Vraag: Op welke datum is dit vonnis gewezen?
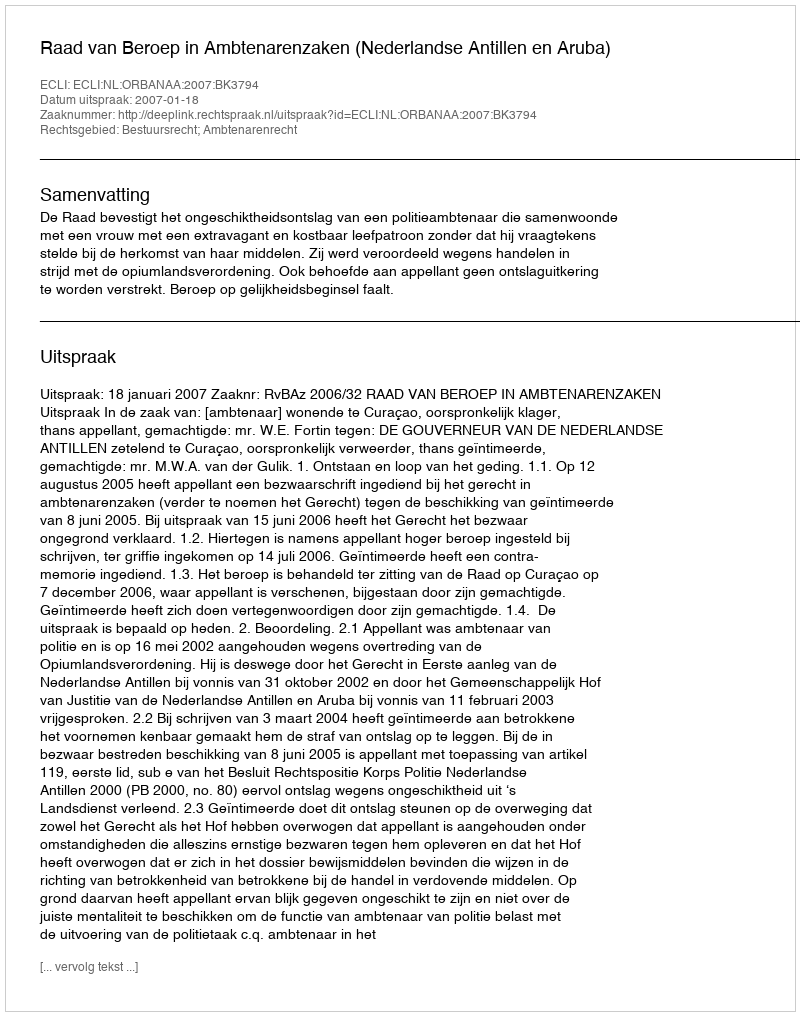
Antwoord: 2007-01-18